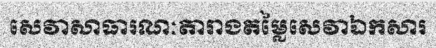
សេវាសាធារណៈតារាងតម្លៃសេវាឯកសារ